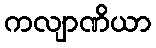
ကလျာဏိယာ